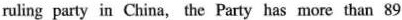
ruling party in China, the Party has more than 89